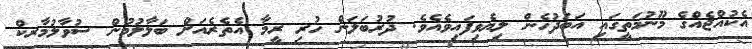
އެކުއްޖެއްގެ މޫނުމަތީގައި އަބަދުހެން ލިޔެވިފައިވެއެވެ. ދުރުބަލަން ހުރި ރީމާ އެތެރެއަށް ބަލާލުމުން ސުވާލުމާރކް